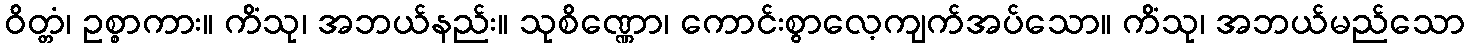
ဝိတ္တံ၊ ဥစ္စာကား။ ကိံသု၊ အဘယ်နည်း။ သုစိဏ္ဏော၊ ကောင်းစွာလေ့ကျက်အပ်သော။ ကိံသု၊ အဘယ်မည်သော